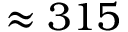
\approx 3 1 5